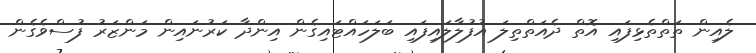
ލެއިން ތަތްތެޅިފައި އޮތް ދެއަތްތިލަ އުފުލާލައިފައި ބަލަހައްޓައިގެން އިންދާ ކަރުނައިން މަންޒަރު ފުސްވެގެން